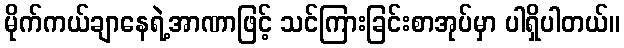
မိုက်ကယ်ချာနေရဲ့အာဏာဖြင့် သင်ကြားခြင်းစာအုပ်မှာ ပါရှိပါတယ်။